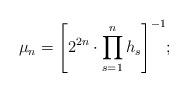
LaTeX: \begin{align*} \displaystyle{ \mu_n=\left[2^{2n}\cdot \prod_{s=1}^n h_s \right]^{-1}};\hfil \end{align*}